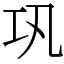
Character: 巩